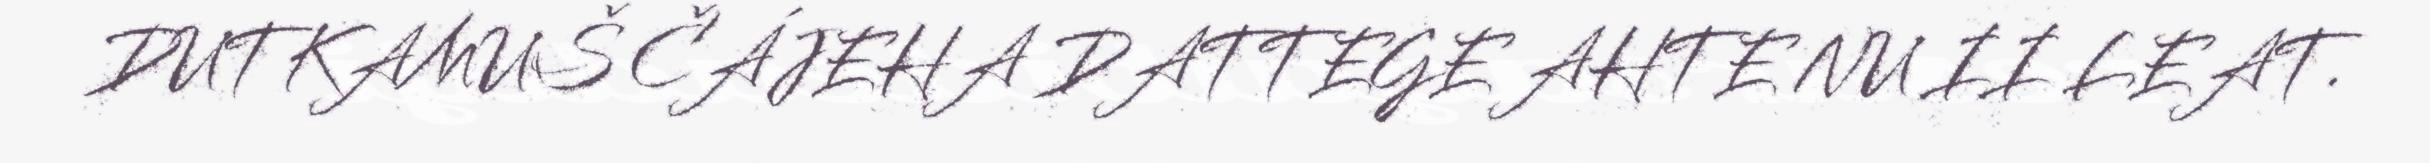
DUTKAMUŠ ČÁJEHA DATTEGE AHTE NU II LEAT.